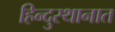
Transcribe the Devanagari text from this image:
हिन्दुस्थानात